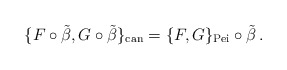
\begin{align*}\{F\circ\tilde{\beta},G\circ\tilde{\beta}\}_{\textrm{can}}=\{F,G\}_{\textrm{Pei}}\circ\tilde{\beta}\,.\end{align*}